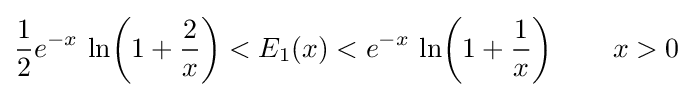
{\frac {1}{2}}e^{-x}\,\ln \!\left(1+{\frac {2}{x}}\right)<E_{1}(x)<e^{-x}\,\ln \!\left(1+{\frac {1}{x}}\right)\qquad x>0